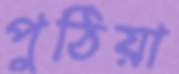
পুঠিয়া